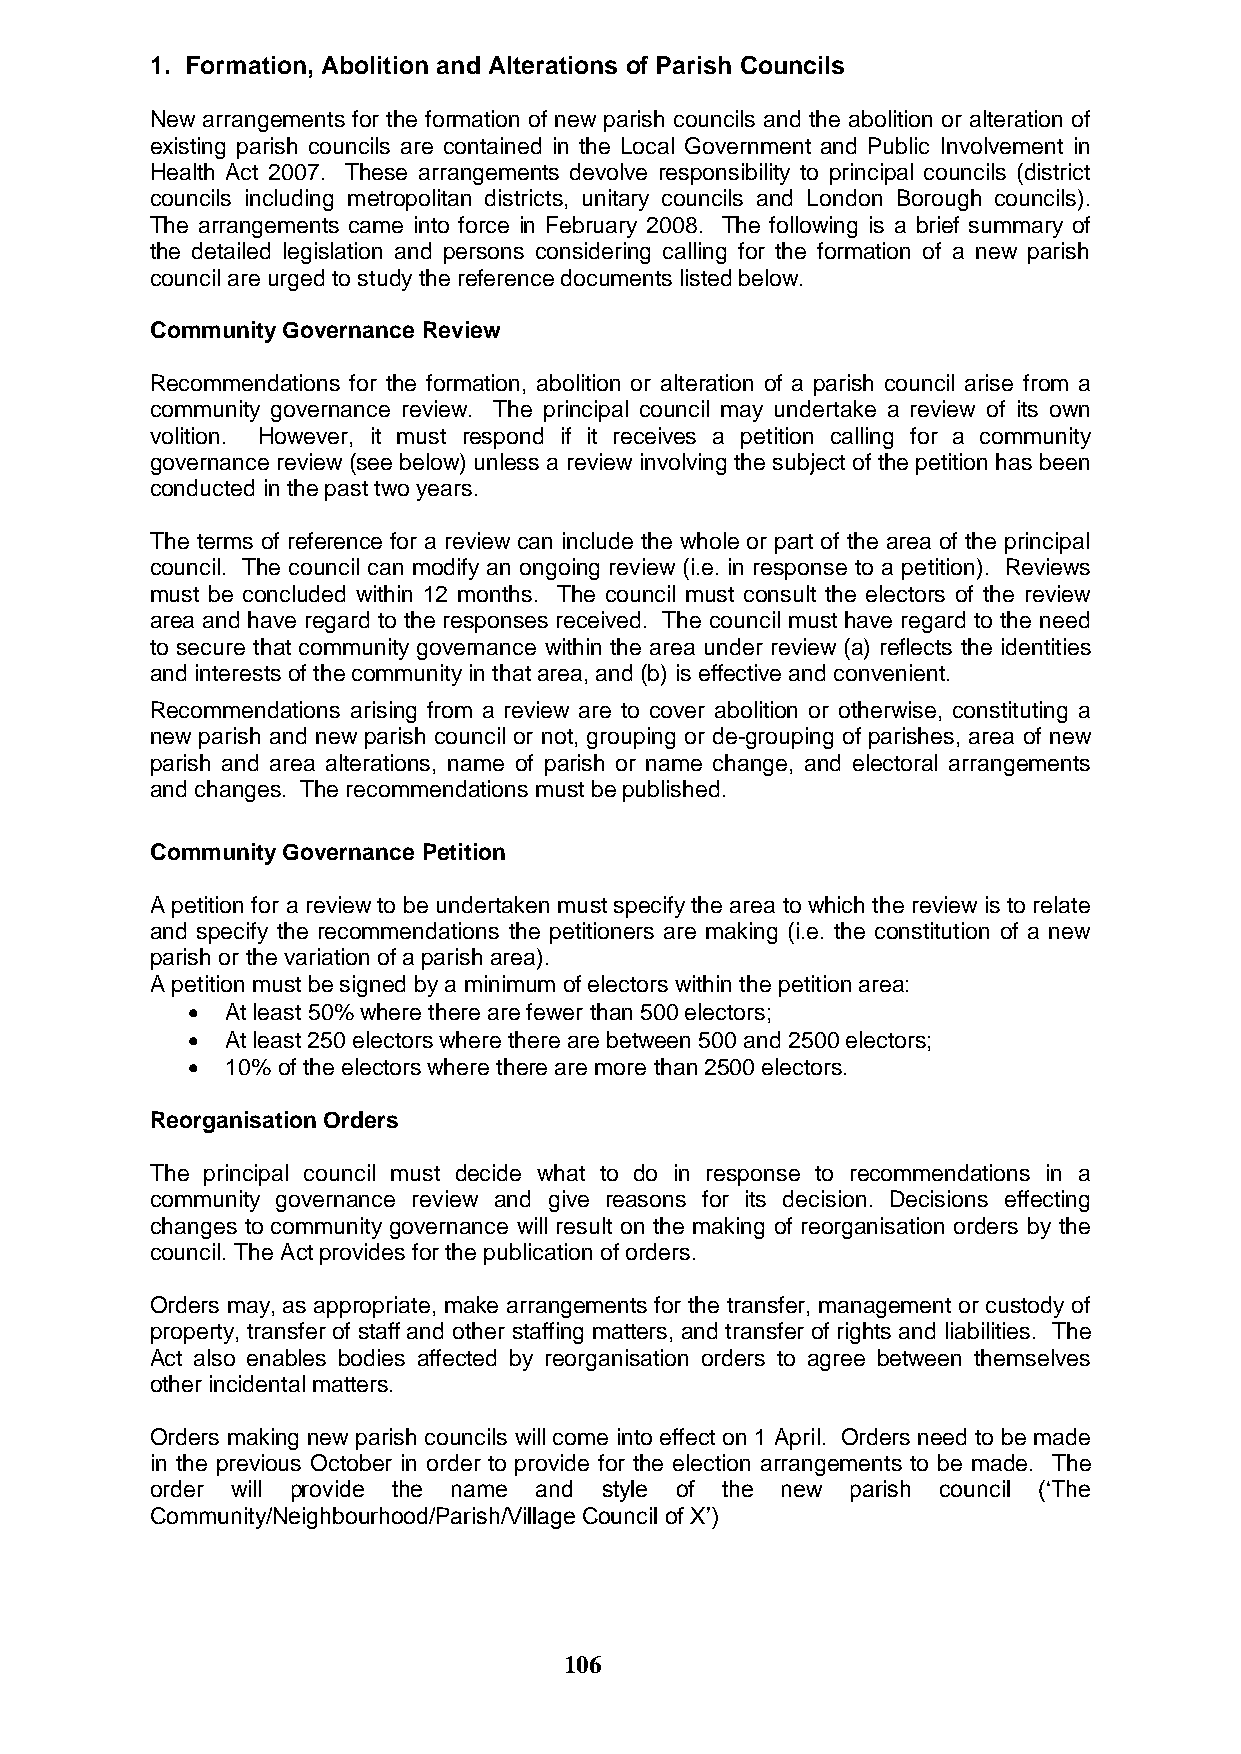
1. Formation, Abolition and Alterations of Parish Councils
 New arrangements for the formation of new parish councils and the abolition or alteration of
 existing parish councils are contained in the Local Government and Public Involvement in
 Health Act 2007. These arrangements devolve responsibility to principal councils (district
 councils including metropolitan districts, unitary councils and London Borough councils).
 The arrangements came into force in February 2008. The following is a brief summary of
 the detailed legislation and persons considering calling for the formation of a new parish
 council are urged to study the reference documents listed below.
 Community Governance Review
 Recommendations for the formation, abolition or alteration of a parish council arise from a
 community governance review. The principal council may undertake a review of its own
 volition. However, it must respond if it receives a petition calling for a community
 governance review (see below) unless a review involving the subject of the petition has been
 conducted in the past two years.
 The terms of reference for a review can include the whole or part of the area of the principal
 council. The council can modify an ongoing review (i.e. in response to a petition). Reviews
 must be concluded within 12 months. The council must consult the electors of the review
 area and have regard to the responses received. The council must have regard to the need
 to secure that community governance within the area under review (a) reflects the identities
 and interests of the community in that area, and (b) is effective and convenient.
 Recommendations arising from a review are to cover abolition or otherwise, constituting a
 new parish and new parish council or not, grouping or de-grouping of parishes, area of new
 parish and area alterations, name of parish or name change, and electoral arrangements
 and changes. The recommendations must be published.
 Community Governance Petition
 A petition for a review to be undertaken must specify the area to which the review is to relate
 and specify the recommendations the petitioners are making (i.e. the constitution of a new
 parish or the variation of a parish area).
 A petition must be signed by a minimum of electors within the petition area:
   At least 50% where there are fewer than 500 electors;
   At least 250 electors where there are between 500 and 2500 electors;
   10% of the electors where there are more than 2500 electors.
 Reorganisation Orders
 The principal council must decide what to do in response to recommendations in a
 community governance review and give reasons for its decision. Decisions effecting
 changes to community governance will result on the making of reorganisation orders by the
 council. The Act provides for the publication of orders.
 Orders may, as appropriate, make arrangements for the transfer, management or custody of
 property, transfer of staff and other staffing matters, and transfer of rights and liabilities. The
 Act also enables bodies affected by reorganisation orders to agree between themselves
 other incidental matters.
 Orders making new parish councils will come into effect on 1 April. Orders need to be made
 in the previous October in order to provide for the election arrangements to be made. The
 order will provide the name and style of the new parish council („The
 Community/Neighbourhood/Parish/Village Council of X‟)
 106